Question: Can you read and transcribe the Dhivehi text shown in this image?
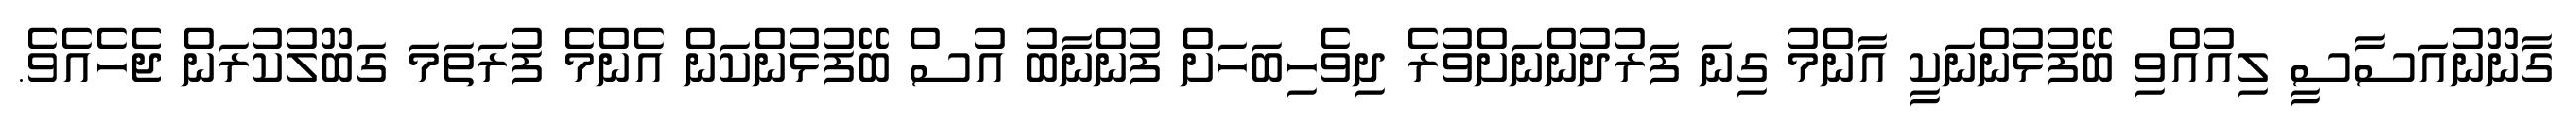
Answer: ގާނޫނުއަސާސީ ލިއުއްވި ބޭފުޅުންނަކީ އާންމު ގިނަ ފަރުދުންނަށްވުރެ ދިވެހިބަހަށް ފުންނާބު އުސް ބޭފުޅުންކަން އެންމެ ފުރަތަމަ ގަބޫލުކުރަން ޖެހެއެވެ.